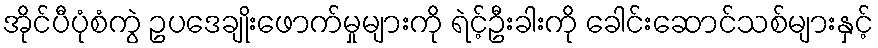
အိုင်ပီပုံစံကွဲ ဥပဒေချိုးဖောက်မှုများကို ရဲင့်ဦးခါးကို ခေါင်းဆောင်သစ်များနှင့်